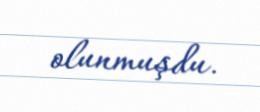
olunmuşdu.